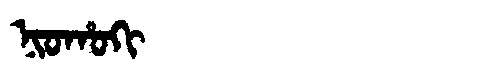
Manchu: ᠨᡳᠣᡥᠣᡴᡳ
Romanization: NIOHOKI